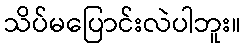
သိပ်မပြောင်းလဲပါဘူး။